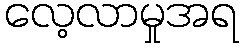
လေ့လာမှုအရ